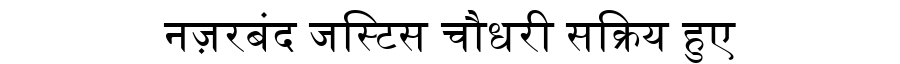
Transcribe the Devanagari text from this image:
नज़रबंद जस्टिस चौधरी सक्रिय हुए